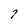
Character: 7